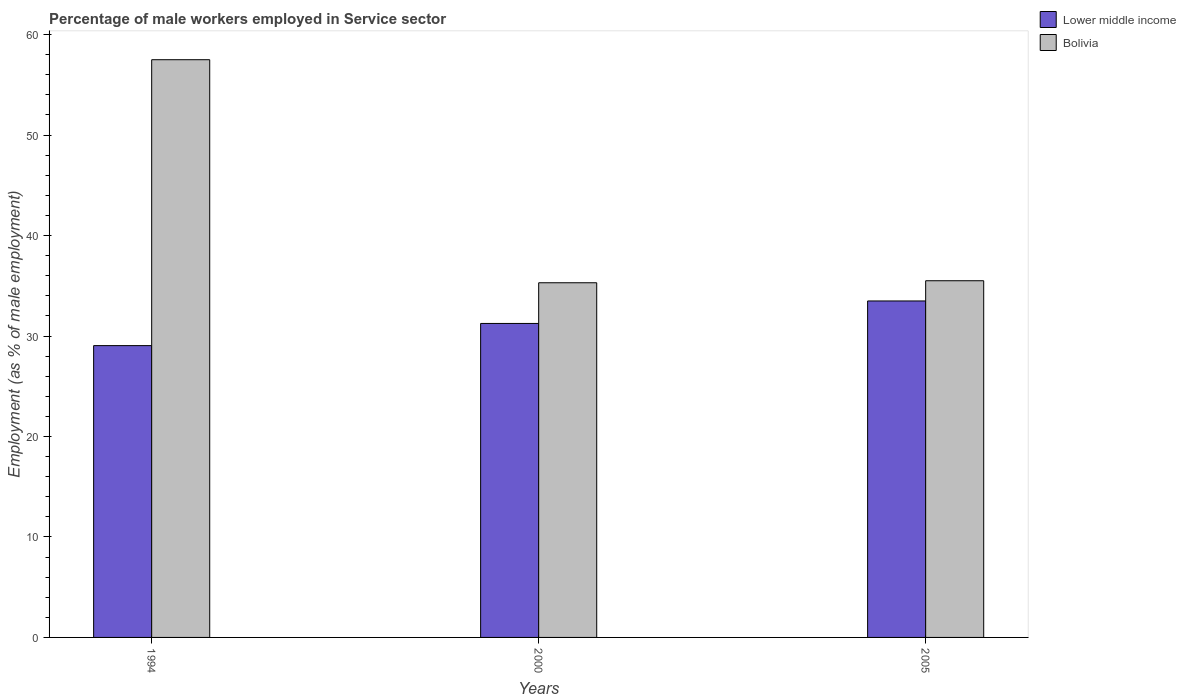
| Years | Lower middle income | Bolivia |
 | --- | --- | --- |
 | 1994 | 29 | 57.5 |
 | 2000 | 31.3 | 35.3 |
 | 2005 | 33.5 | 35.5 |